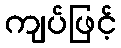
ကျပ်ဖြင့်